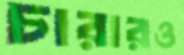
চারারও